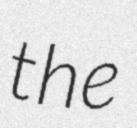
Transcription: the